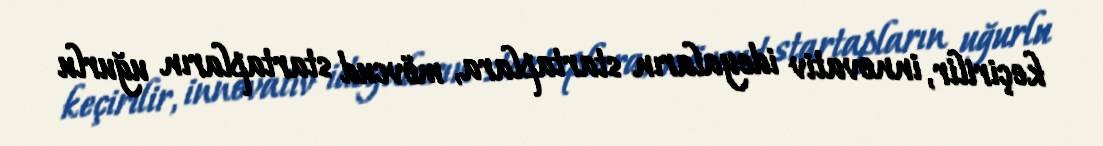
keçirilir, innovativ ideyaların startaplara, mövcud startapların uğurlu